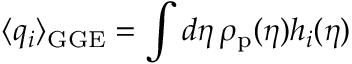
\langle q _ { i } \rangle _ { \mathrm { G G E } } = \int d \eta \, \rho _ { \mathrm { p } } ( \eta ) h _ { i } ( \eta )